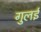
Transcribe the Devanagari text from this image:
गुलई